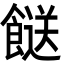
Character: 餸